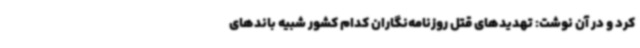
کرد و در آن نوشت: تهدیدهای قتل روزنامه‌نگاران کدام کشور شبیه باندهای